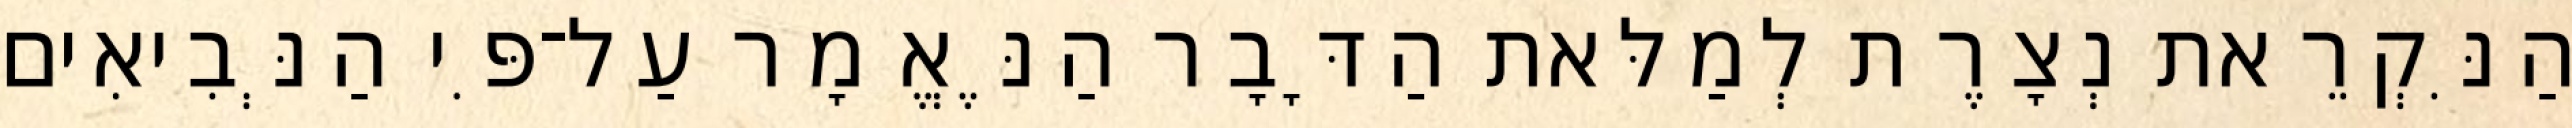
הַנִּקְרֵאת נְצָרֶת לְמַלּאת הַדָּבָר הַנֶּאֱמָר עַל־פִּי הַנְּבִיאִים